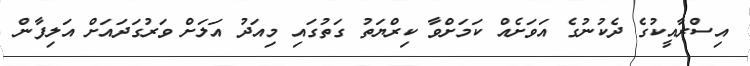
އިސްރާއީކުގެ ދެކުނުގެ އަވަށެއް ކަމަށްވާ ކިރްޔަތު ގަތުގައި މިއަދު އަލަށް ވަރުގަދައަށް އަލިފާން